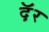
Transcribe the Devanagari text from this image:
दॅ़र